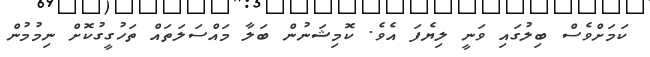
ކަމަށްވެސް ބިލުގައި ވަނީ ލިޔެފަ އެވެ. ކޮމިޝަނުން ބަލާ މައްސަލަތައް ތަހުގީގުކޮށް ނިމުމުން